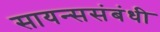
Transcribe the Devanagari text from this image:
सायन्ससंबंधी